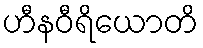
ဟီနဝီရိယောတိ